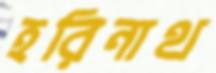
হরিনাথ